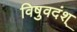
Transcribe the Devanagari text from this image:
विषुवदंश्